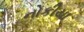
નોકીયા